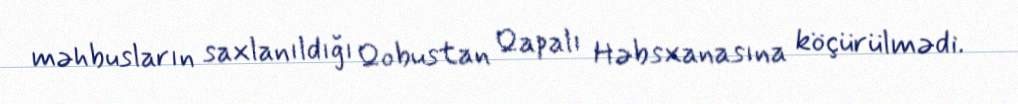
məhbusların saxlanıldığı Qobustan Qapalı Həbsxanasına köçürülmədi.